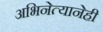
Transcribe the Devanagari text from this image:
अभिनेत्यानेही